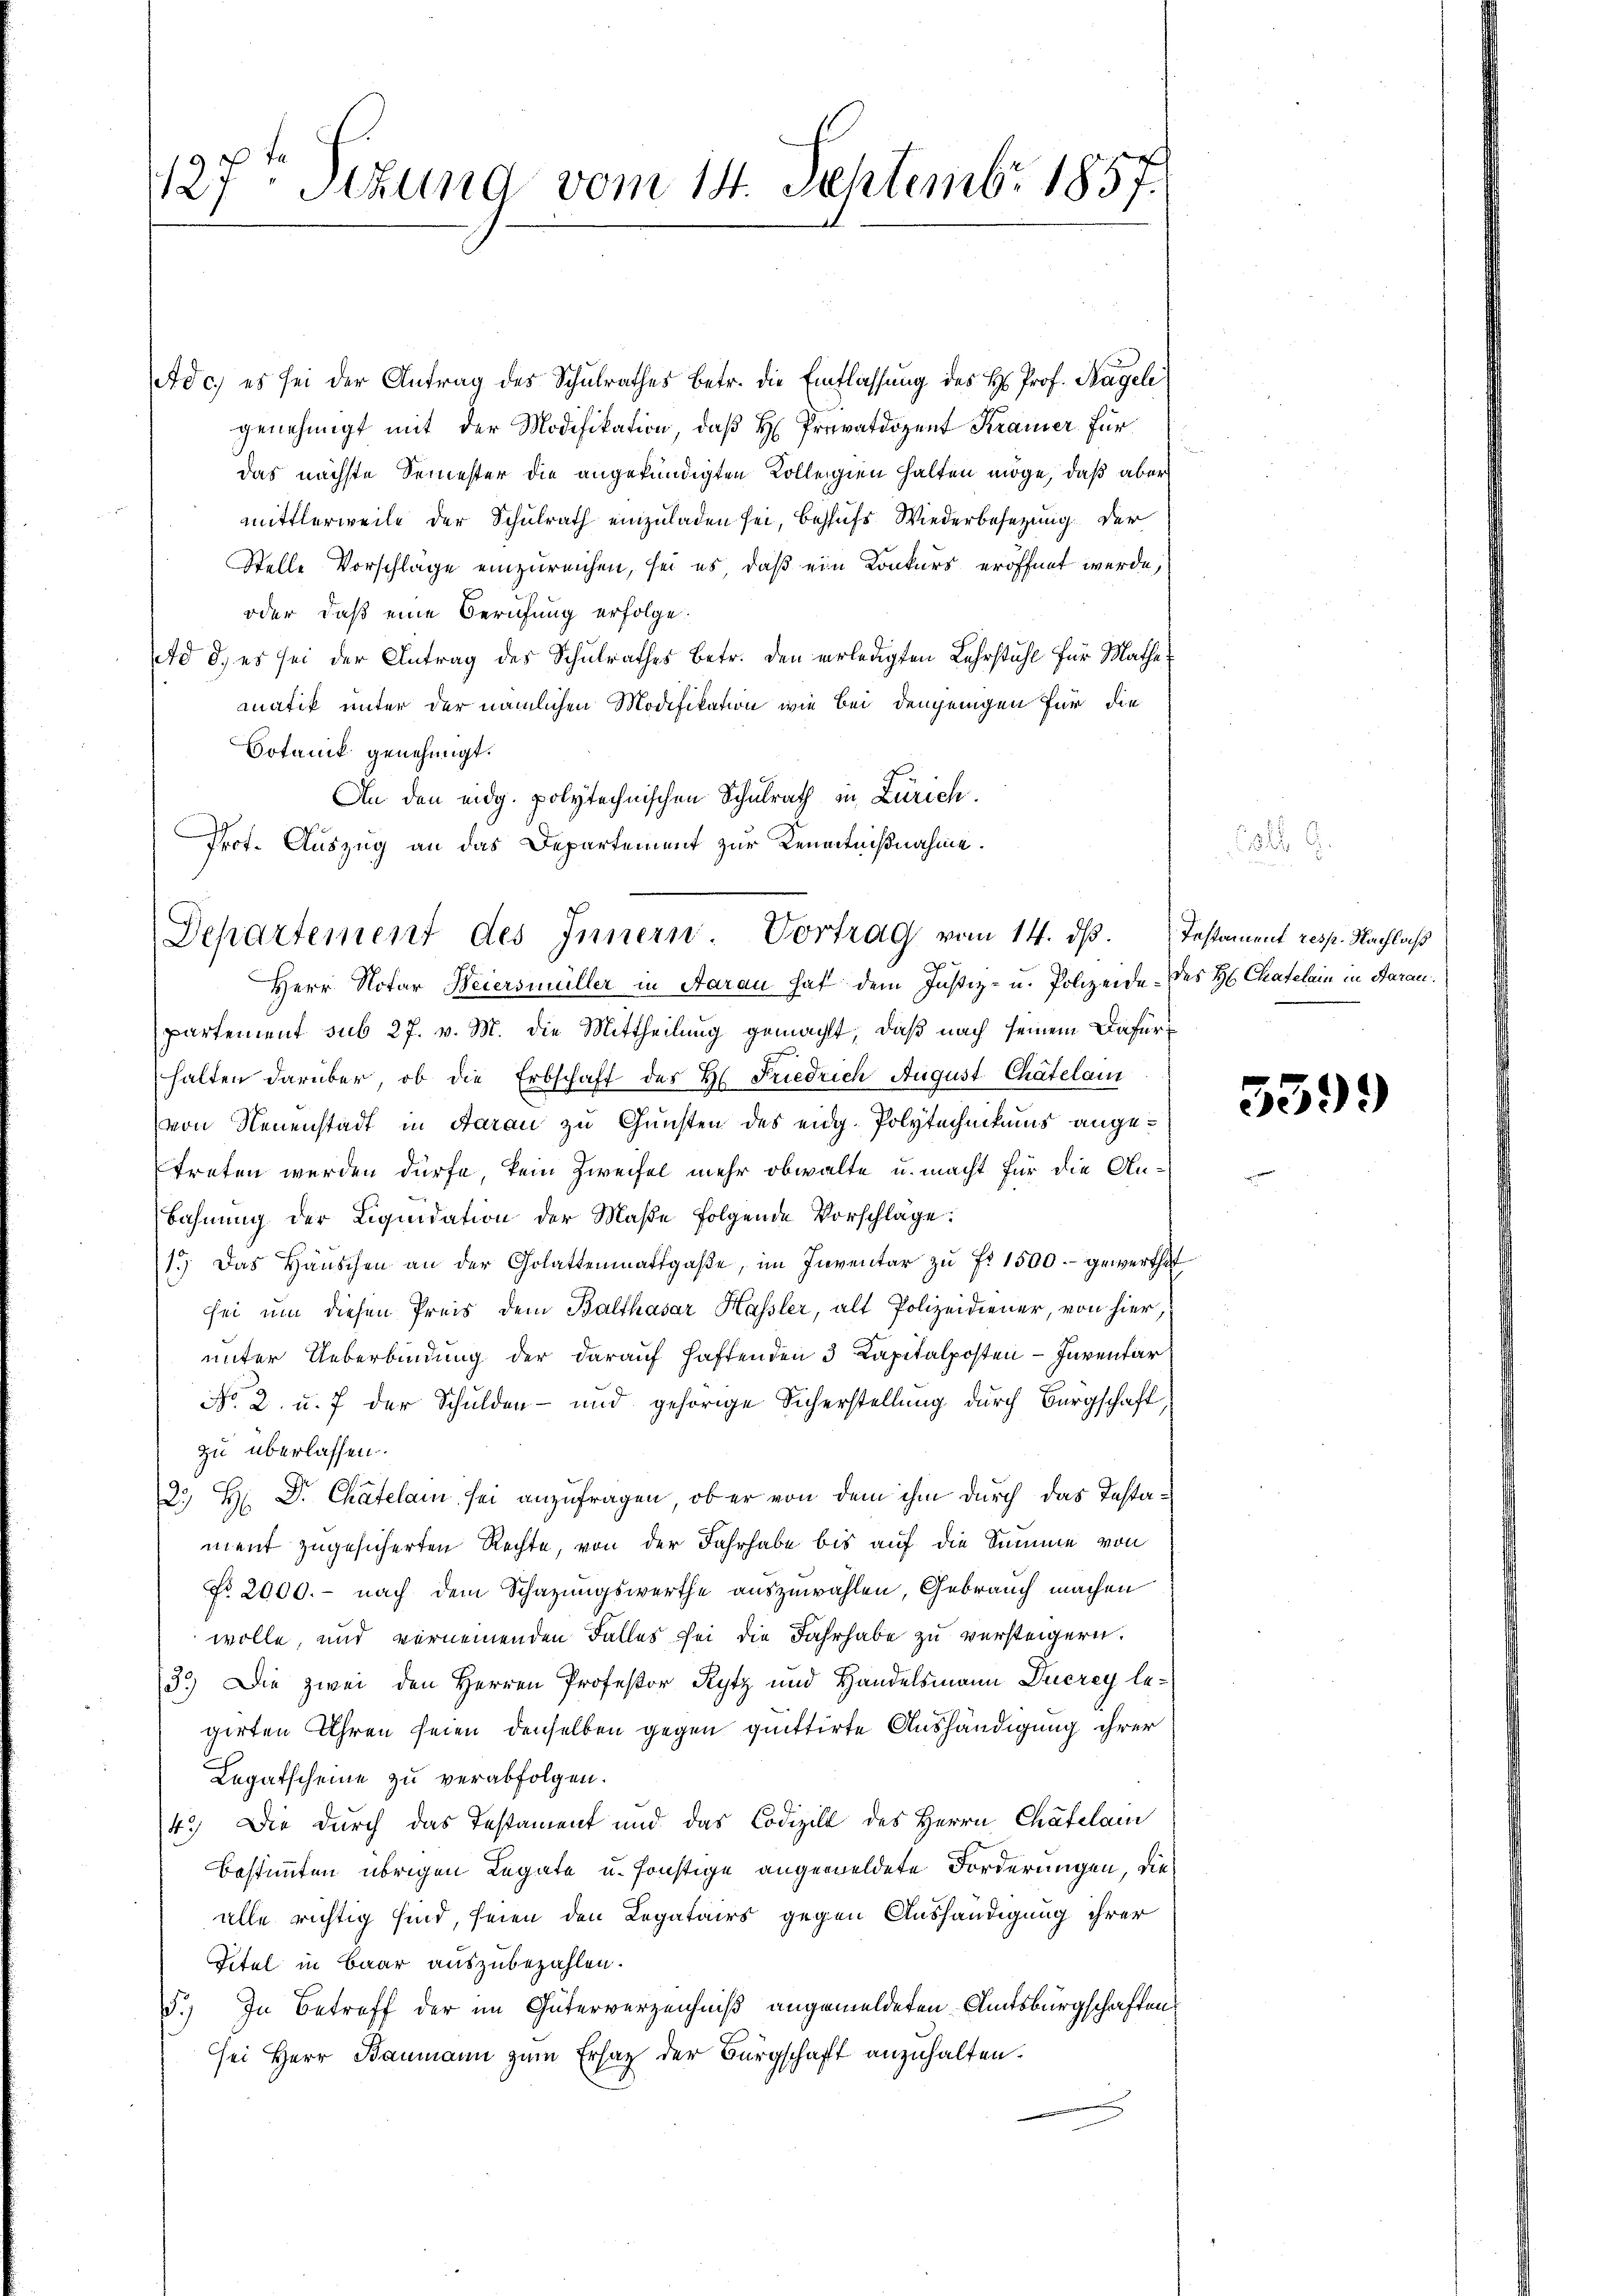
1127ten Sekung vom 14. Septembr 1857

Adc, es sei der Antrag des Schulrathes betr. die Entlassung des H. Prof. Hagel
genehmigt mit der Modifikation, daß H. Privatdozent Kramer für
das nächste Semester die angekündigten Kollegien halten möge, daß aber
mittlerweile der Schulrath einzuladen sei, behufs Wiederbesetzung der
Stelle Vorschläge einzureichen, sei es, daß ein Konkurs eröffnet werde,
oder, daß eine Berufung erfolge.
Ad d. es sei der Antrag des Schulrathes Betr. den verledigten Lehrstuhl für Mathe
matik unter der nämlichen Modifikation wie bei demjenigen für die
Sotanik genehmigt.
An den eidg. polytechnischen Schulrath in Zürich.
Prof. Auszug an das Departement zur Kenntnißnahme.

Departement des Innern. Vortrag vom 14. ds. Testament resp. Nachlaß

Herr Notar Heiersmüller in Aarau hat dem Justiz- u. Polizeide des H Chatelain in Aarau
partement sub 27. v. M. die Mittheilung gemacht, daß nach seinem Dafürhalten darüber, ob die Erbschaft des H. Friedrich August Chätelam
von Neuenstadt in Aarau zu Gunsten des eidg. Polytechnikums angetreten werden dürfe, kein Zweifel mehr obwalte u. macht für die An¬
Bahnung der Liquidation der Maße folgende Vorschläge:
1.) Das Häŭschen an der Golattenmattgaβe, im Inventar zŭ Fr. 1500.- gewerthet
sei um diesen Preis dem Balthasar Hassler, alt Polizeidiener, von hier,
unter Ueberbindung der darauf haftenden 3 Kapitalposten - Inventar
No. 2. u. 7 der Schulden- und gehörige Sicherstellung durch Bürgschaft,
zu überlassen.
2. H. D. Chatelam sei anzufragen, ob er von dem ihm durch das Testament zugesicherten Rechte, von der Fahrhabe bis auf die Summe von
No. 2000. - nach dem Schazungswerthe auszuwählen, Gebrauch machen
wolle, und vernennenden Falles sei die Jahrhabe zu versteigern.
3.) Die zwei den Herren Professor Rytz und Handelsmann Duerey legirten Uhren seien denselben gegen quittirte Aushändigung ihrer
Legatscheine zu verabfolgen.
4.) Die durch das Testament und das Codizil des Herrn Chatelam
bestimmten übrigen Legate u. sonstige angemeldete Forderungen, die
alle richtig sind, seien den Legatairs gegen Aushändigung ihrer
Titel in Baar auszubezahlen.
5.) In Betreff der im Güterverzeichniß angemeldeten Amtsbürgschaften
sei Herr Baumann zum Erlag der Bürgschaft anzuhalten.

539.